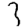
Digit: 3